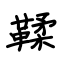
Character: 鞣